Civil Veterinary Dept. North-West Frontier Province 1923-32 - 1923-1932
Year: 1923
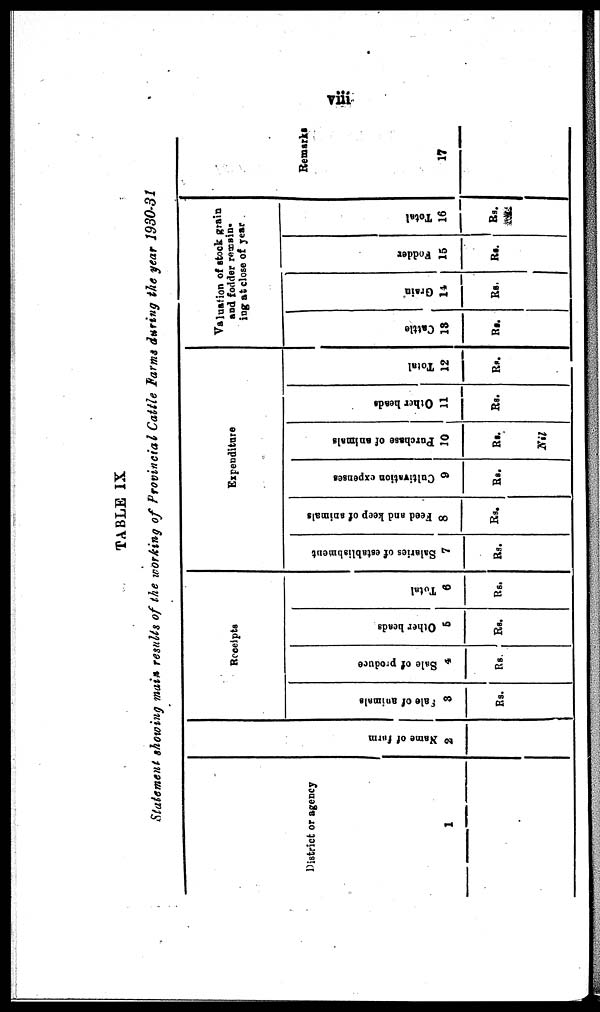
viii
TABLE IX
Statement showing main results of the working of Provincial Cattle Farms during the year 1930-31
District or agency
1
Na me of f
ar m
2
Receipts
Sale
of animals
3
Rs.
Sale of produce
4
Rs.
Other bends
6
Rs.
Total
6
Rs.
Expenditure
Salaries of establishment
7
Rs.
Feed and keep of animals
8
Rs.
Cultivation expenses
9
Rs.
Purchase of animals
10
Rs.
Nil
Other beads
11
Rs.
Total
12
Rs.
Valuation of stock grain
and fodder remain-
ing at close of year
Cattle
13
Rs.
Grain
11
Rs.
Fodder
15
Rs.
Total
16
Rs.
Remarks
17